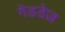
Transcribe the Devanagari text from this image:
गेडडेज़